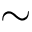
\sim